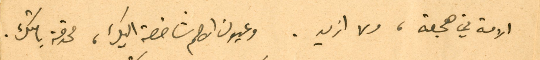
الامة في هجعة، ولا ازيد. وعيون الامم شاخصة اليك، محدقة بامتك.